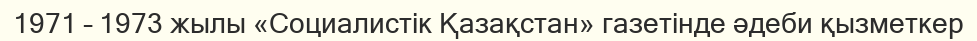
1971 – 1973 жылы «Социалистік Қазақстан» газетінде әдеби қызметкер